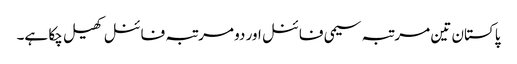
پاکستان تین مرتبہ سیمی فائنل اور دو مرتبہ فائنل کھیل چکا ہے۔